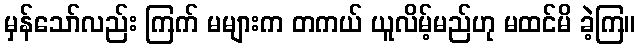
မှန်သော်လည်း ကြက် မများက တကယ် ယူလိမ့်မည်ဟု မထင်မိ ခဲ့ကြ။